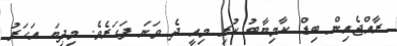
ރާއްޖެއިން ބިޑް ކާމިޔާބު ކުރި މިއީ ދެ ވަނަ ފަހަރެވެ. މިދިޔަ އަހަރު